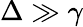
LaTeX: \Delta\gg\gamma